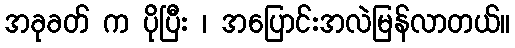
အခုခတ် က ပိုပြီး ၊ အပြောင်းအလဲမြန်လာတယ်။